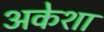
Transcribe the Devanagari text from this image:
अकेशा